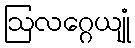
ဩလဂ္ဂေယျုံ